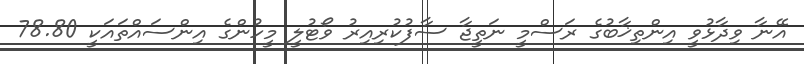
އޭނާ ވިދާޅުވީ އިންތިޚާބުގެ ރަސްމީ ނަތީޖާ ސާފުކުރިއިރު ވޯޓުލީ މީހުންގެ އިންސައްތައަކީ 78.80